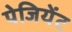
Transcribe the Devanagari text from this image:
पेजियेंट